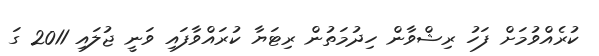
ކުރެއްވުމަށް ފަހު ރިޝްވާން ހިދުމަތުން ރިޓަޔާ ކުރައްވާފައި ވަނީ ޖުލައި 2011 ގަ